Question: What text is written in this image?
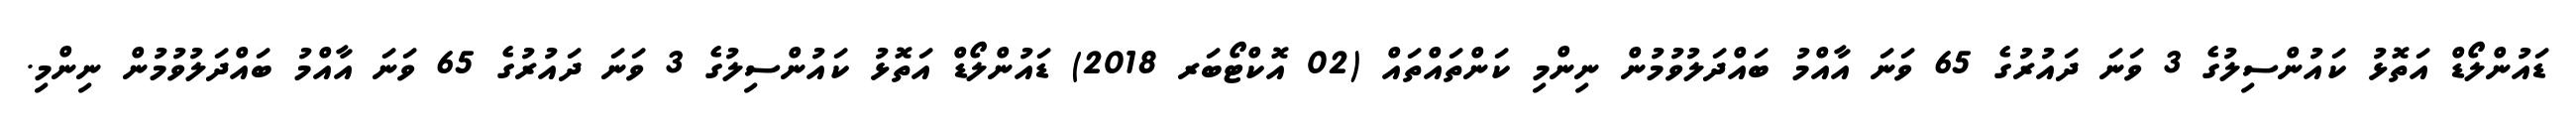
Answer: ޑައުންލޯޑް އަތޮޅު ކައުންސިލުގެ 3 ވަނަ ދައުރުގެ 65 ވަނަ އާއްމު ބައްދަލުވުމުން ނިންމި ކަންތައްތައް (02 އޮކްޓޯބަރ 2018) ޑައުންލޯޑް އަތޮޅު ކައުންސިލުގެ 3 ވަނަ ދައުރުގެ 65 ވަނަ އާއްމު ބައްދަލުވުމުން ނިންމި.